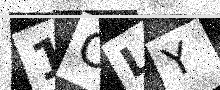
Text: 1OLY